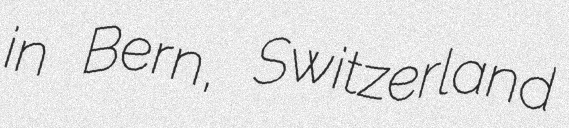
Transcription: in Bern, Switzerland